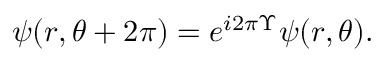
\psi ( r , \theta + 2 \pi ) = e ^ { i 2 \pi \Upsilon } \psi ( r , \theta ) .